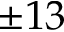
\pm 1 3